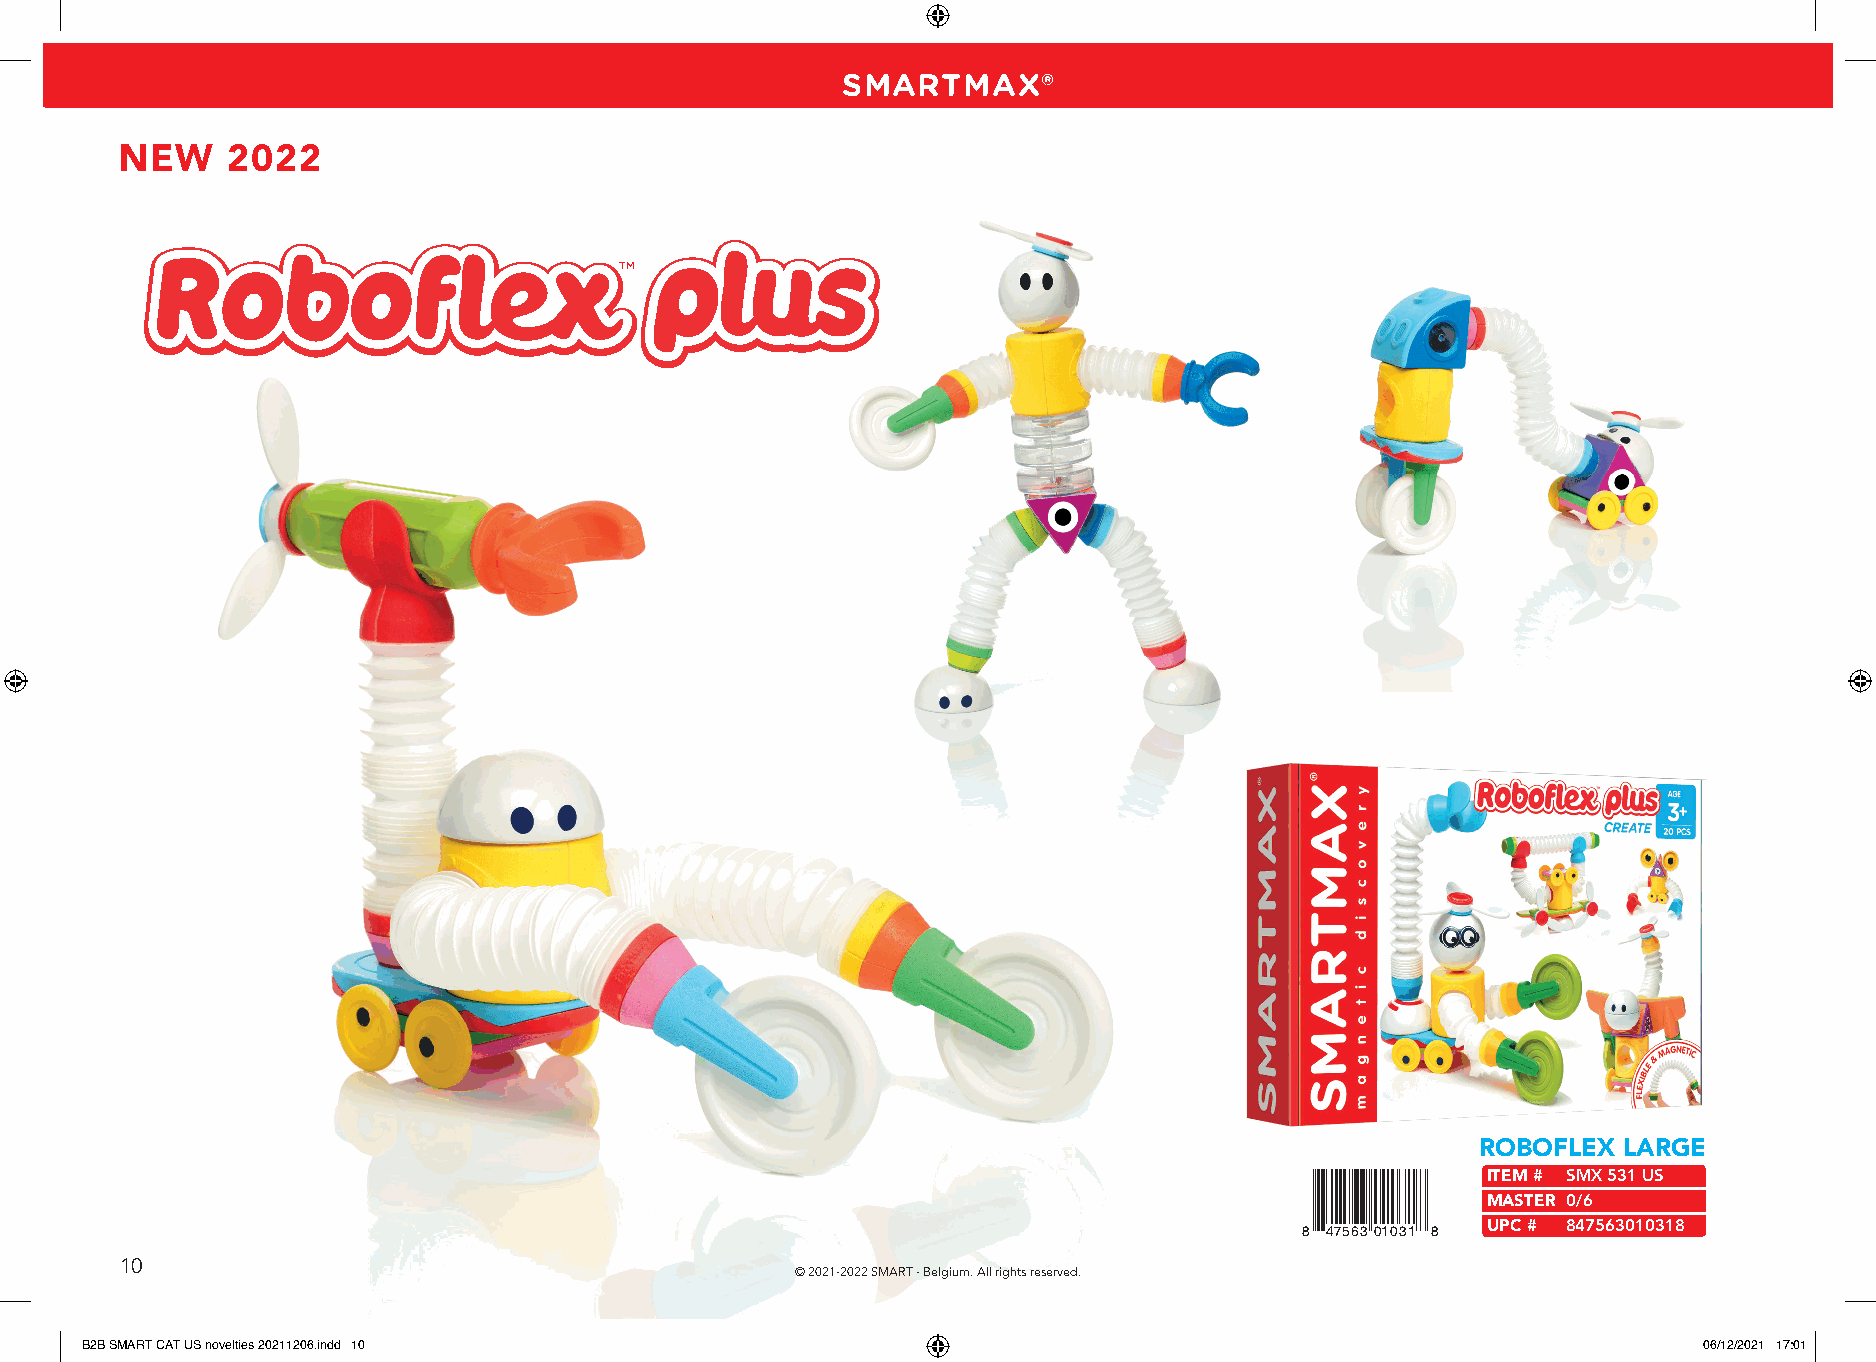
SMARTMAX®
 NEW    2022
 TM
 ROBOFLEX LARGE
 ITEM # SMX 531 US
 MASTER 0/6
 UPC # 847563010318
 8 4756301031 8
 10
 © 2021-2022 SMART - Belgium. All rights reserved.
 BB22BB SSMMAARRTT CCAATT UUSS nnoovveellttiieess 2200221111220066..iinndddd 1100                            0066//1122//22002211 1177::0011